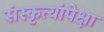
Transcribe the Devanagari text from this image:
संस्कृत्यांपेक्षा